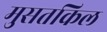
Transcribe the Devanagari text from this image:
मुसतकिल